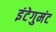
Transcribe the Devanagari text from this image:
इंटेगुमंट